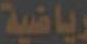
رياضية